Report on the treatment of epidemic cholera: from information collected by the governments of Bengal, Madras, Bombay, N.W. Provinces, Punjab, Oudh, and Central India, by order of the Government of India
Disease focus: Cholera
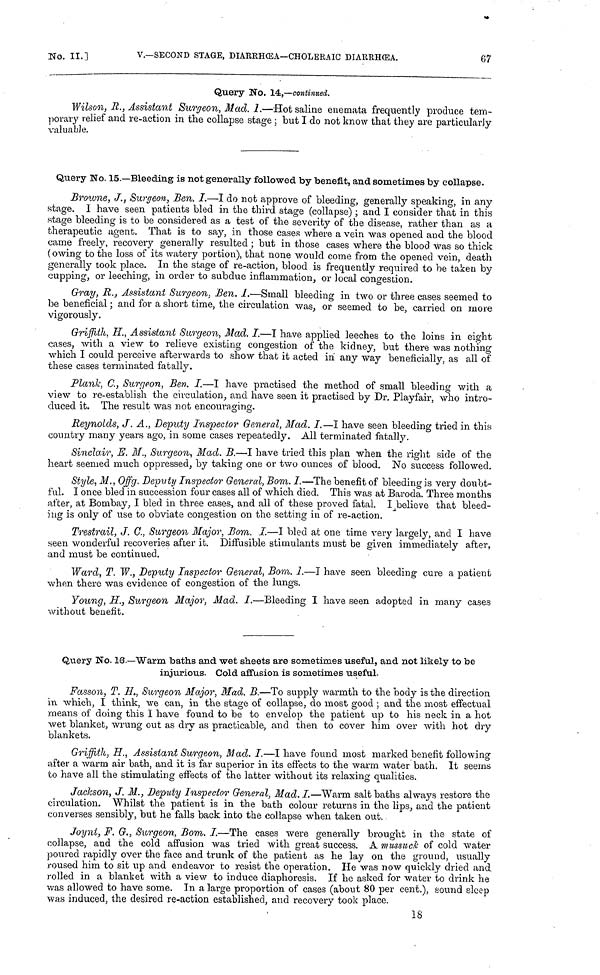
No. II.]
V.—SECOND STAGE, DIARRHŒA—CHOLERAIC DIARRHŒA.
67
Query No. 14,—continued.
Wilson, R., Assistant Surgeon, Mad. I.—Hot saline enemata frequently produce tem-
porary relief and re-action in the collapse stage ; but I do not know that they are particularly
valuable.
Query No. 15.—Bleeding is not generally followed by benefit, and sometimes by collapse.
Browne, J., Surgeon, Ben. I.—I do not approve of bleeding, generally speaking, in any
stage. I have seen patients bled in the third stage (collapse) ; and I consider that in this
stage bleeding is to be considered as a test of the severity of the disease, rather than as a
therapeutic agent. That is to say, in those cases where a vein was opened and the blood
came freely, recovery generally resulted ; but in those cases where the blood was so thick
( owing to the loss of its watery portion), that none would come from the opened vein, death
generally took place. In the stage of re-action, blood is frequently required to be taken by
cupping, or leeching, in order to subdue inflammation, or local congestion.
Gray, R., Assistant Surgeon, Ben. I.—Small bleeding in two or three cases seemed to
be beneficial ; and for a short time, the circulation was, or seemed to be, carried on more
vigorously.
Griffith, H., Assistant Surgeon, Mad. I.—I have applied leeches to the loins in eight
cases, with a view to relieve existing congestion of the kidney, but there was nothing
which I could perceive afterwards to show that it acted in any way beneficially, as all of
these cases terminated fatally.
Plank, C., Surgeon, Ben. I.—I have practised the method of small bleeding with a
view to re-establish the circulation, and have seen it practised by Dr. Playfair, who intro-
duced it. The result was not encouraging.
Reynolds, J. A., Deputy Inspector General, Mad. I.—I have seen bleeding tried in this
country many years ago, in some cases repeatedly. All terminated fatally.
Sinclair, E. M., Surgeon, Mad. B.—I have tried this plan when the right side of the
heart seemed much oppressed, by taking one or two ounces of blood. No success followed.
Style, M., Offg. Deputy Inspector General, Bom. I.—The benefit of bleeding is very doubt-
ful. I once bled in succession four cases all of which died. This was at Baroda. Three months
after, at Bombay, I bled in three cases, and all of these proved fatal. I believe that bleed-
ing is only of use to obviate congestion on the setting in of re-action.
Trestrail, J. C., Surgeon Major, Bom. I.—I bled at one time very largely, and I have
seen wonderful recoveries after it. Diffusible stimulants must be given immediately after,
and must be continued.
Ward, T. W., Deputy Inspector General, Bom. I.—I have seen bleeding cure a patient
when there was evidence of congestion of the lungs.
Young, H., Surgeon Major, Mad. I.—Bleeding I have seen adopted in many cases
without benefit.
Query No. 16.—Warm baths and wet sheets are sometimes useful, and not likely to be
injurious. Cold affusion is sometimes useful.
Fasson, T. H., Surgeon Major, Mad. B.—To supply warmth to the body is the direction
in which, I think, we can, in the stage of collapse, do most good ; and the most effectual
means of doing this I have found to be to envelop the patient up to his neck in a hot
wet blanket, wrung out as dry as practicable, and then to cover him over with hot dry
blankets.
Griffith, H., Assistant Surgeon, Mad. I.—I have found most marked benefit following
after a warm air bath, and it is far superior in its effects to the warm water bath. It seems
to have all the stimulating effects of the latter without its relaxing qualities.
Jackson, J. M., Deputy Inspector General, Mad. I.—Warm salt baths always restore the
circulation. Whilst the patient is in the bath colour returns in the lips, and the patient
converses sensibly, but he falls back into the collapse when taken out.
Joynt, F. G., Surgeon, Bom. I.—The cases were generally brought in the state of
collapse, and the cold affusion was tried with great success. A mussuck of cold water
poured rapidly over the face and trunk of the patient as he lay on the ground, usually
roused him to sit up and endeavor to resist the operation. He was now quickly dried and
rolled in a blanket with a view to induce diaphoresis. If he asked for water to drink he
was allowed to have some. In a large proportion of cases (about 80 per cent.), sound sleep
was induced, the desired re-action established, and recovery took place.
18